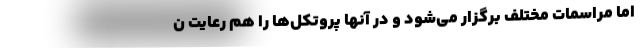
اما مراسمات مختلف برگزار می‌شود و در آنها پروتکل‌ها را هم رعایت ن